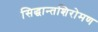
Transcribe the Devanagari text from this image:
सिद्धान्तशिरोमण